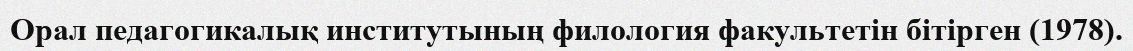
Орал педагогикалық институтының филология факультетін бітірген (1978).